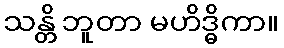
သန္တိ ဘူတာ မဟိဒ္ဓိကာ။